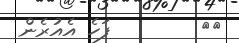
٣٧        ފަހެ އެއުރެން